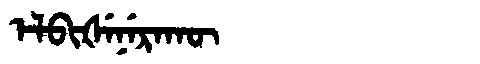
Manchu: ᡝᠯᠪᡳᡧᡝᠨᡝᡵᠠᡴᡡ
Romanization: ELBIŠENERAKŪ